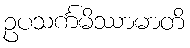
ဥပသင်္ကမိဿာမာတိ